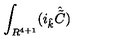
\int _ { R ^ { 4 + 1 } } ( i _ { \hat { k } } { \hat { \tilde { C } } } )